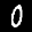
Label: 0